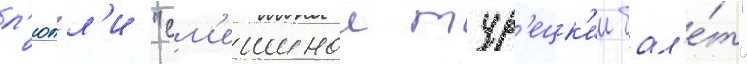
л'юлл'и "см'ешнои тур'ецк'ии бал'е́т"